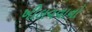
ખીલવવાનો